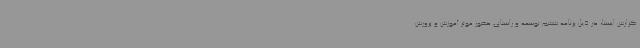
گزارش ایسنا، در ذیل برنامه ششم توسعه و راستای حضور موثر آموزش و پرورش